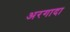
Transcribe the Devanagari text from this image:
अरगादा